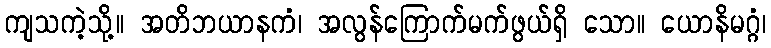
ကျသကဲ့သို့။ အတိဘယာနကံ၊ အလွန်ကြောက်မက်ဖွယ်ရှိ သော။ ယောနိမဂ္ဂံ၊